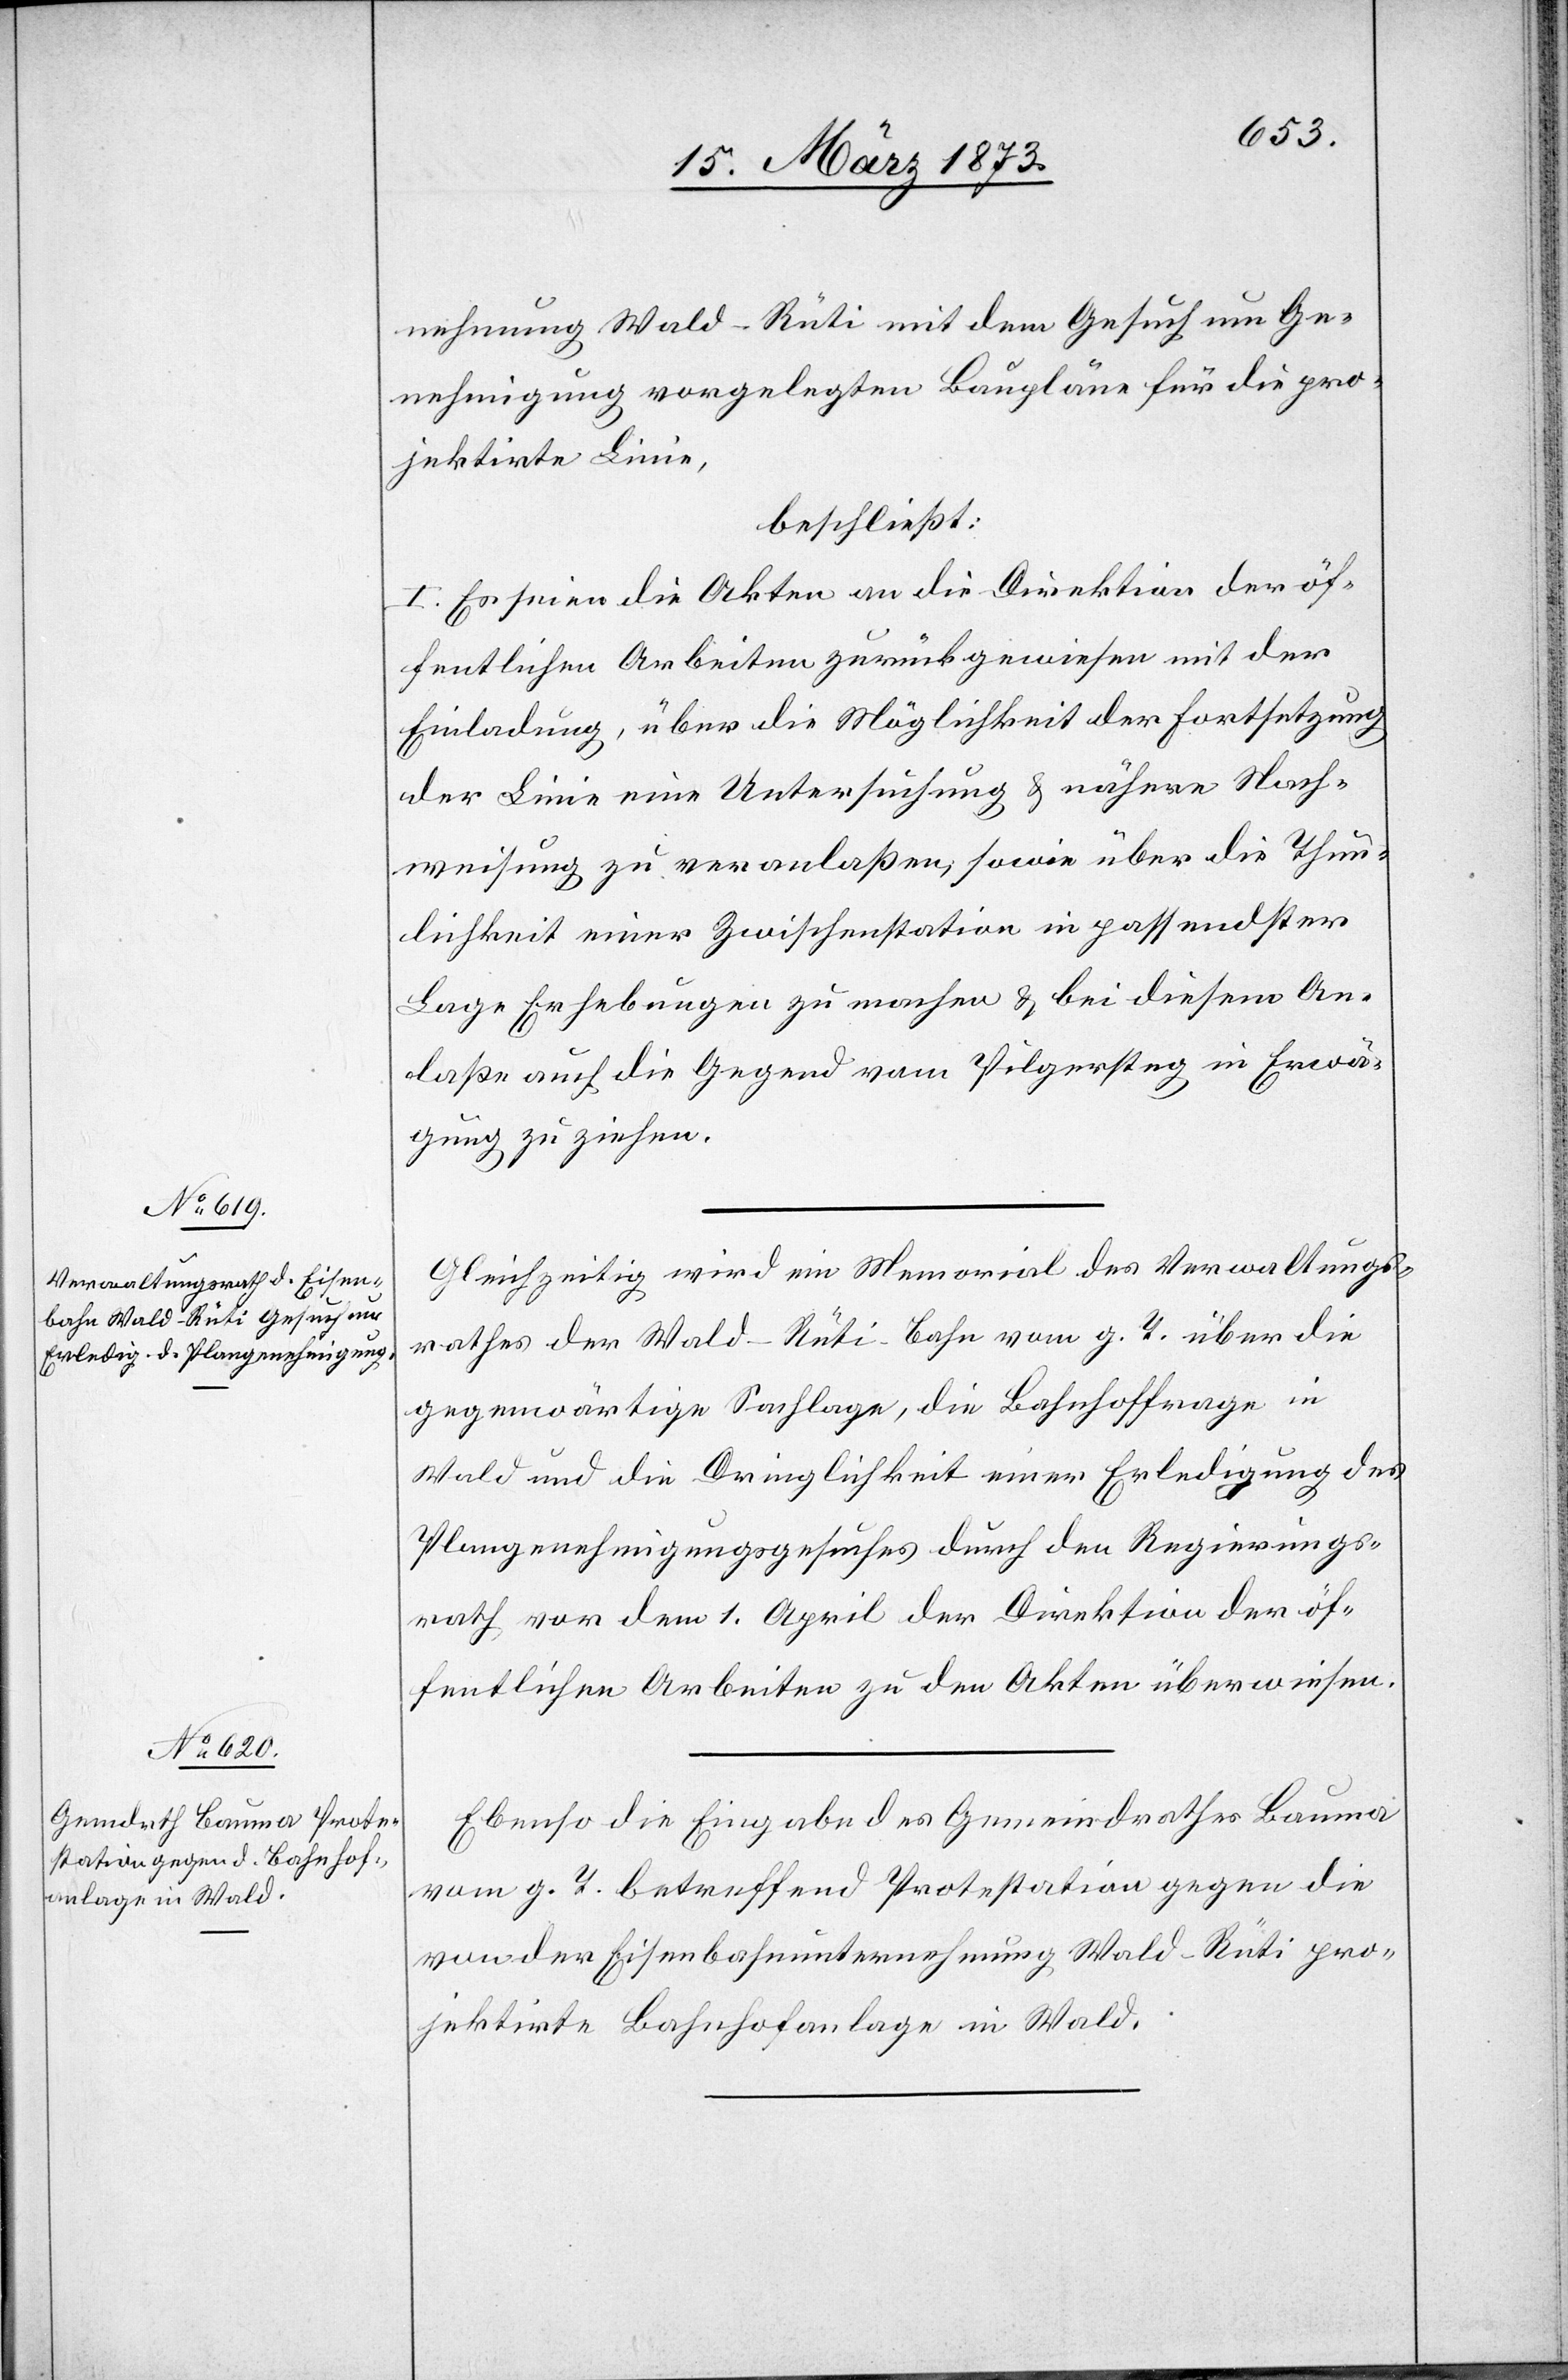
nehmung Wald–Rüti mit dem Gesuch um Ge¬
nehmigung vorgelegten Baupläne für die pro¬
jektirte Linie,
beschließt:
I. Es seien die Akten an die Direktion der öf¬
fentlichen Arbeiten zurückgewiesen mit der
Einladung, über die Möglichkeit der Fortsetzung
der Linie eine Untersuchung u. nähere Nach¬
weisung zu veranlaßen, sowie über die Thun¬
lichkeit einer Zwischenstation in passendster
Lage Erhebungen zu machen u. bei diesem An¬
laße auch die Gegend vom Pilgersteg in Erwä¬
gung zu ziehen.
Gleichzeitig wird im Memorial des Verwaltungs¬
rathes der Wald–Rüti-Bahn vom g. T. über die
gegenwärtige Sachlage, die Bahnhoffrage in
Wald und die Dringlichkeit einer Erledigung des
Plangenehmigungsgesuches durch den Regierungs¬
rath vor dem 1. April der Direktion der öf¬
fentlichen Arbeiten zu den Akten überwiesen.
Ebenso die Eingabe des Gemeindrathes Bauma
vom g. T. betreffend Protestation gegen die
von der Eisenbahnunternehmung Wald–Rüti pro¬
jektirte Bahnhofanlage in Wald.